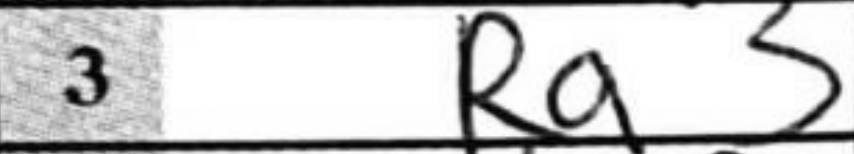
Transcription: Ra3